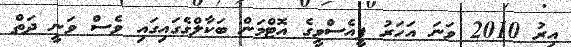
އިރު 2010 ވަނަ އަހަރު ޕީއެސްވީގެ އޮޓްމަން ބަކާލްގެގައިގައި ވެސް ވަނީ ދަތް